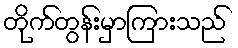
တိုက်တွန်းမှာကြားသည်